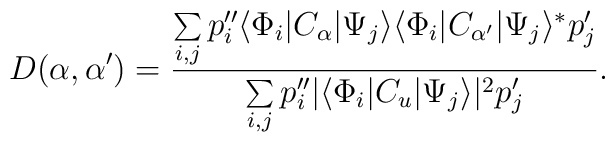
D(\alpha,{\alpha '})={\sum\limits_{i,j}p_i''\langle\Phi_i|C_\alpha|\Psi_j\rangle\langle\Phi_i|C_{\alpha '}|\Psi_j\rangle^* p_j'\over\sum\limits_{i,j}p_i''|\langle\Phi_i|C_u|\Psi_j\rangle|^2 p_j'}.